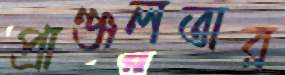
প্রাঞ্জলতার